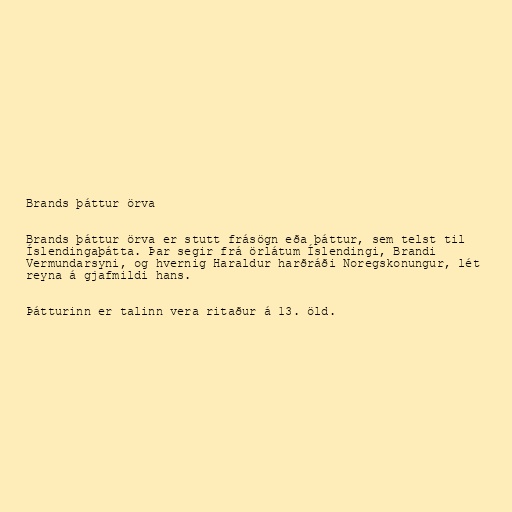
Brands þáttur örva

Brands þáttur örva er stutt frásögn eða þáttur, sem telst til
Íslendingaþátta. Þar segir frá örlátum Íslendingi, Brandi
Vermundarsyni, og hvernig Haraldur harðráði Noregskonungur, lét
reyna á gjafmildi hans.

Þátturinn er talinn vera ritaður á 13. öld.